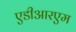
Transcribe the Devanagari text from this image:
एडीआरएम